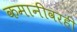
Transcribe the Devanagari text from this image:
कमानीवरही